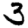
Digit: 3